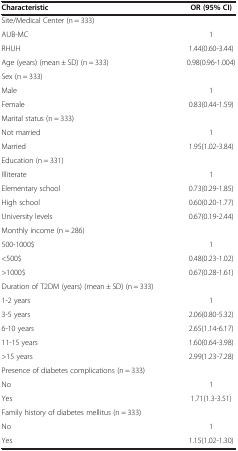
| Characteristic | OR (95% CI) |
 | --- | --- |
 | Site/Medical Center (n = 333) |  |
 | AUB-MC | 1 |
 | RHUH | 1.44(0.60-3.44) |
 | Age (years) (mean ± SD) (n = 333) | 0.98(0.96-1.004) |
 | Sex (n = 333) |  |
 | Male | 1 |
 | Female | 0.83(0.44-1.59) |
 | Marital status (n = 333) |  |
 | Not married | 1 |
 | Married | 1.95(1.02-3.84) |
 | Education (n = 331) |  |
 | Illiterate | 1 |
 | Elementary school | 0.73(0.29-1.85) |
 | High school | 0.60(0.20-1.77) |
 | University levels | 0.67(0.19-2.44) |
 | Monthly income (n = 286) |  |
 | 500-1000$ | 1 |
 | <500$ | 0.48(0.23-1.02) |
 | >1000$ | 0.67(0.28-1.61) |
 | Duration of T2DM (years) (mean ± SD) (n = 333) |  |
 | 1-2 years | 1 |
 | 3-5 years | 2.06(0.80-5.32) |
 | 6-10 years | 2.65(1.14-6.17) |
 | 11-15 years | 1.60(0.64-3.98) |
 | >15 years | 2.99(1.23-7.28) |
 | Presence of diabetes complications (n = 333) |  |
 | No | 1 |
 | Yes | 1.71(1.3-3.51) |
 | Family history of diabetes mellitus (n = 333) |  |
 | No | 1 |
 | Yes | 1.15(1.02-1.30) |